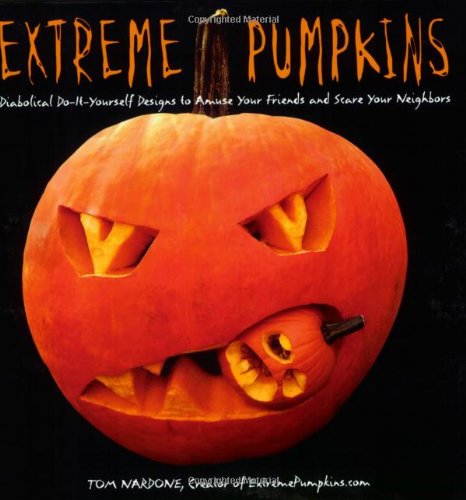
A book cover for Extreme Pumpkins: Diabolical Do-It-Yourself Designs to Amuse Your Friends and Scare Your Neighbors; Tom Nardone; Crafts, Hobbies & Home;